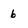
Character: b